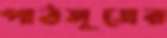
পাঠসূত্রের